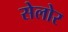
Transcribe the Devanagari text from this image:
सेलोर